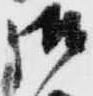
御